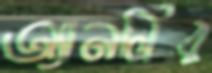
অ্যানলির